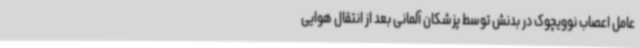
عامل اعصاب نوویچوک در بدنش توسط پزشکان آلمانی بعد از انتقال هوایی